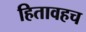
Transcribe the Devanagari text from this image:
हितावहच